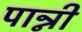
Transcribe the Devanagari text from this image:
पान्नी